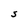
Character: S